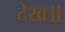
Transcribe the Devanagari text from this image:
देख॥